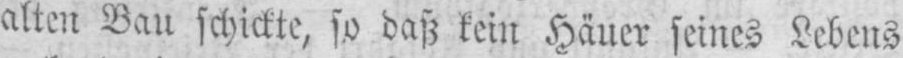
alten Bau schielte, so daß kein Häuer seines Lebens